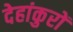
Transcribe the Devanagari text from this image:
देहांकुरों